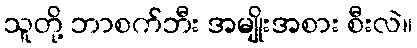
သူတို့ ဘာစက်ဘီး အမျိုးအစား စီးလဲ။